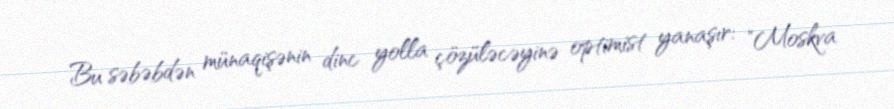
Bu səbəbdən münaqişənin dinc yolla çözüləcəyinə optimist yanaşır: "Moskva